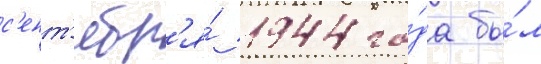
с'ент'ябр'я́ 1944 го́да бы́л